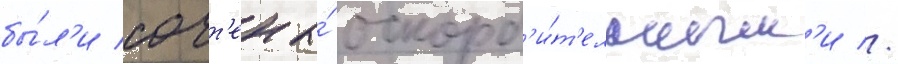
бы́л'и сочт'ены́ оскорб'и́т'ельным'и //